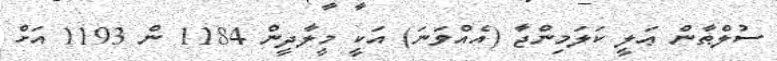
ސުލްޠާން ޢަލީ ކަލަމިންޖާ (އެއްވަނަ) އަކީ މީލާދީން 1184 ން 1193 އަށް